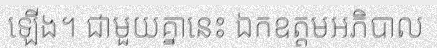
ឡើង។ ជាមួយគ្នានេះ ឯកឧត្តមអភិបាល